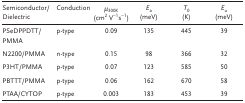
<table><thead><tr><td><b>Semiconductor/Dielectric</b></td><td><b>Conduction</b></td><td><b>μ<sub>300K</sub> (cm<sup>2</sup> V<sup>-1</sup>s<sup>-1</sup>)</b></td><td><b><i>E</i><sub>a</sub> (meV)</b></td><td><b><i>T</i><sub>0</sub> (K)</b></td><td><b><i>E</i><sub>u</sub> (meV)</b></td></tr></thead><tbody><tr><td>PSeDPPDTT/PMMA</td><td>p-type</td><td>0.09</td><td>135</td><td>445</td><td>39</td></tr><tr><td>N2200/PMMA</td><td>n-type</td><td>0.15</td><td>98</td><td>366</td><td>32</td></tr><tr><td>P3HT/PMMA</td><td>p-type</td><td>0.07</td><td>123</td><td>585</td><td>50</td></tr><tr><td>PBTTT/PMMA</td><td>p-type</td><td>0.06</td><td>162</td><td>670</td><td>58</td></tr><tr><td>PTAA/CYTOP</td><td>p-type</td><td>0.003</td><td>183</td><td>453</td><td>39</td></tr></tbody></table>